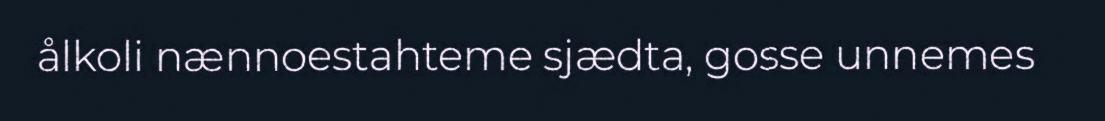
ålkoli nænnoestahteme sjædta, gosse unnemes